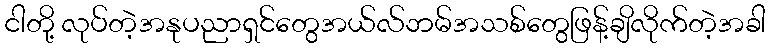
ငါတို့ လုပ်တဲ့အနုပညာရှင်တွေအယ်လ်ဘမ်အသစ်တွေဖြန့်ချိလိုက်တဲ့အခါ